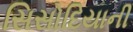
સિસોદિયાની